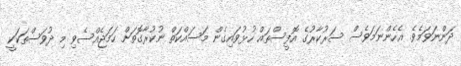
ދަންނަވަމެވެ. އެހެންނަމަވެސް ސަރުކާރުގެ އޮފީސްތައް ހުޅުވައިގެން މަސައްކަތް ނުކުރާގޮތަށް ހަމަޖެއްސެވި މި ދުވަސްތަކަކީ